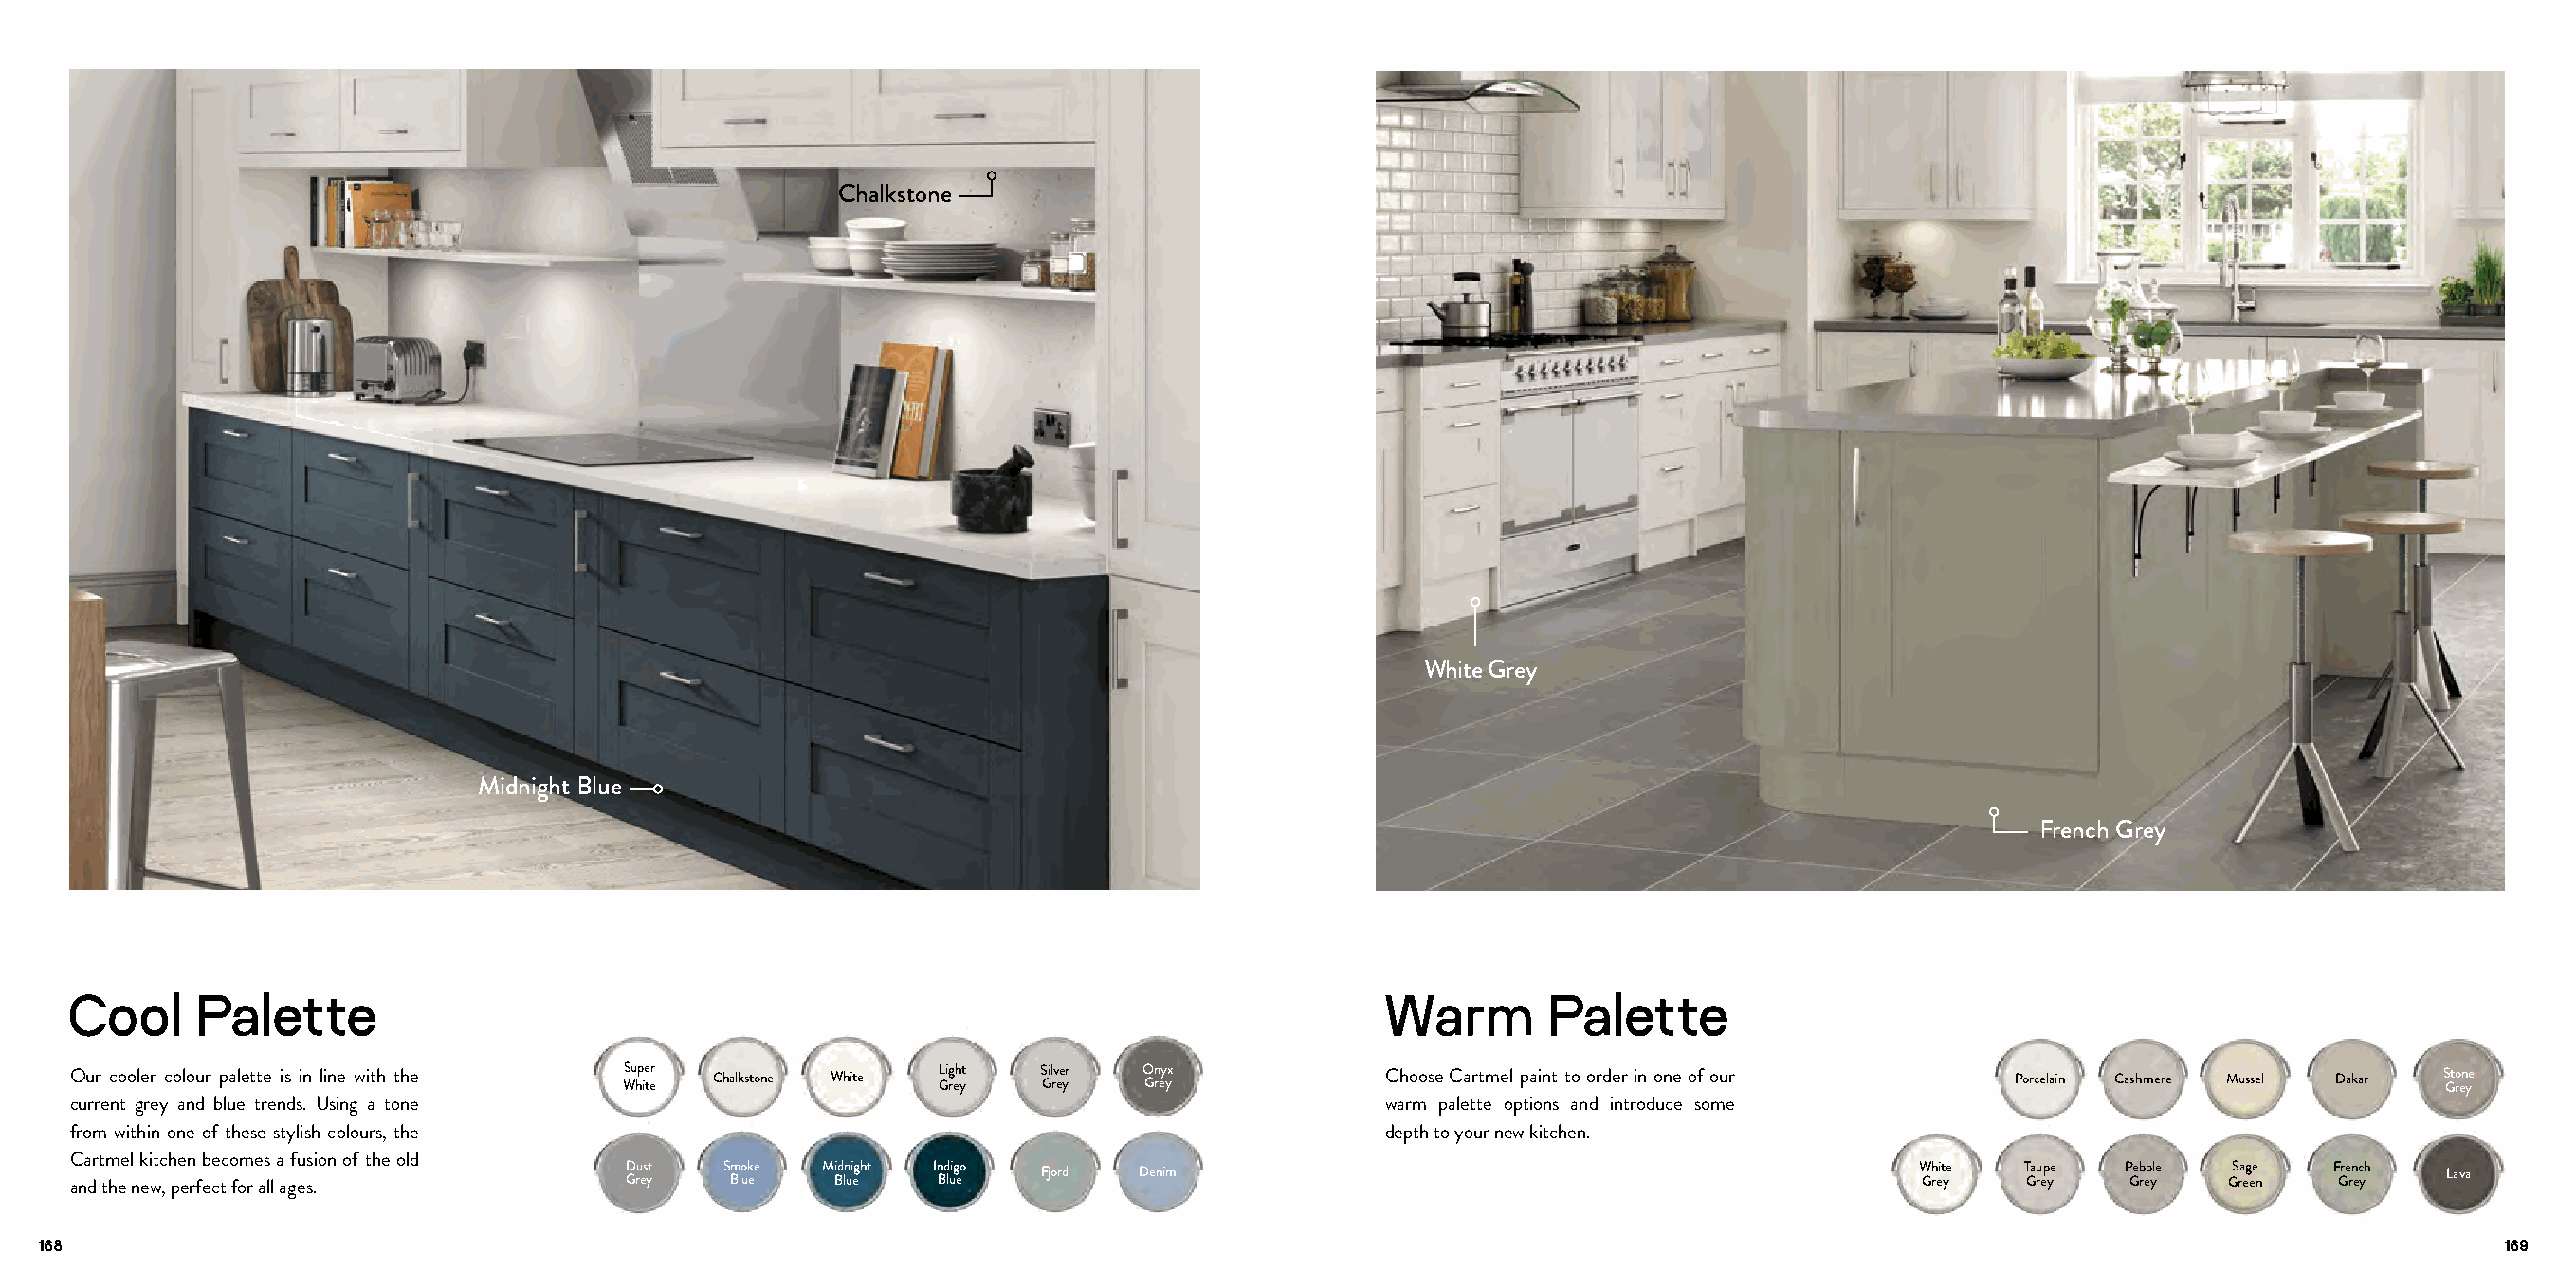
Chalkstone
 White Grey
 Midnight Blue
 French Grey
 Cool     Palette                                                                            Warm       Palette
 Our cooler colour palette is in line with the WSu hp ie ter Chalkstone White L Gig reh yt S Gil rv ee yr O Gn rey yx Choose Cartmel paint to order in one of our Porcelain Cashmere Mussel Dakar S Gto ren ye
 current grey and blue trends. Using a tone                                                  warm palette options and introduce some
 from within one of these stylish colours, the                                               depth to your new kitchen.
 Cartmel kitchen becomes a fusion of the old
 and the new, perfect for all ages.
 GD ru es yt S Bm luo eke Mi Bd ln ui eght In Bd luig eo Fjord Denim                       W Gh reit ye T Gau rep ye P Geb reb yle GS ra eg ee
 n
 F Gre rn ec yh Lava
 168                                                                                                                                                                         169